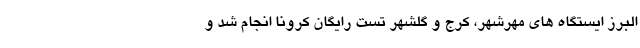
البرز ایستگاه های مهرشهر، کرج و گلشهر تست رایگان کرونا انجام شد و